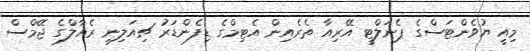
މިއީ ޔުވެންޓަސްގެ ޕެނަލްޓީ އޭރިއާ ތެރެއިން އެޓިމްގެ ޑިފެންޑަރު ޗިއަލިނީ ރެއާލްގެ ޖޭމްސް